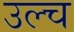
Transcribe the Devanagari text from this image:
उल्च